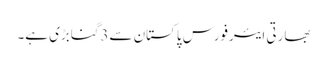
بھارتی ایئرفورس پاکستان سے3گنابڑی ہے۔